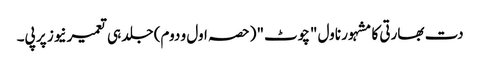
دت بھارتی کا مشہور ناول "چوٹ" (حصہ اول و دوم) جلد ہی تعمیرنیوز پر پی۔